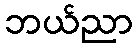
ဘယ်ညာ